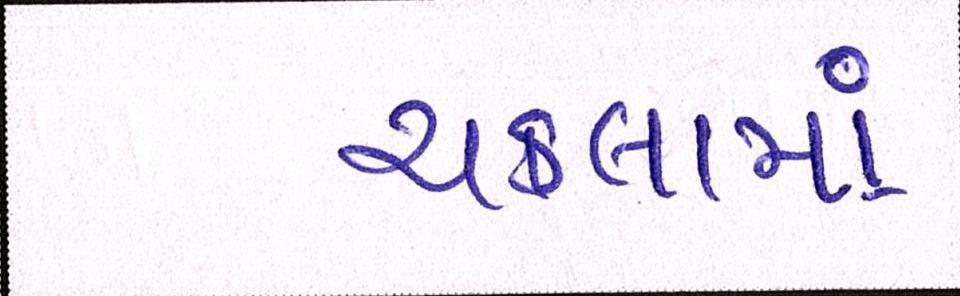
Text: ચકલામાં